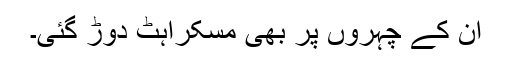
ان کے چہروں پر بھی مسکراہٹ دوڑ گئی۔